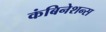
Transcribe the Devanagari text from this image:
कंबिनेशन्स